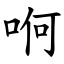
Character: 哬